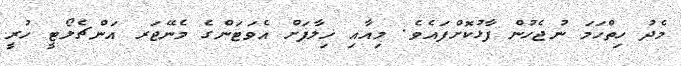
މެދު ހިތްހަމަ ނުޖެހުން ފާޅުކޮށްފައެެވެ. މިއާއި ޚިލާފަށް އެވަޓަންގެ މެނޭޖަރ އަންޗެލޯޓީ ހުރީ